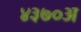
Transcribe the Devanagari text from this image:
४३७०अ